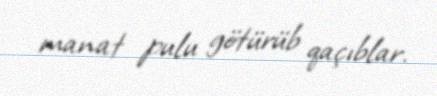
manat pulu götürüb qaçıblar.